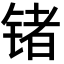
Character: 锗